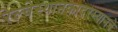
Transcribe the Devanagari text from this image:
रेल्वेस्थानकादरम्यानचे